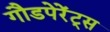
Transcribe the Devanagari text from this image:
गौडपेरेंट्स